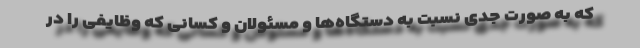
که به صورت جدی نسبت به دستگاه‌ها و مسئولان و کسانی که وظایفی را در